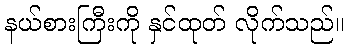
နယ်စားကြီးကို နှင်ထုတ် လိုက်သည်။